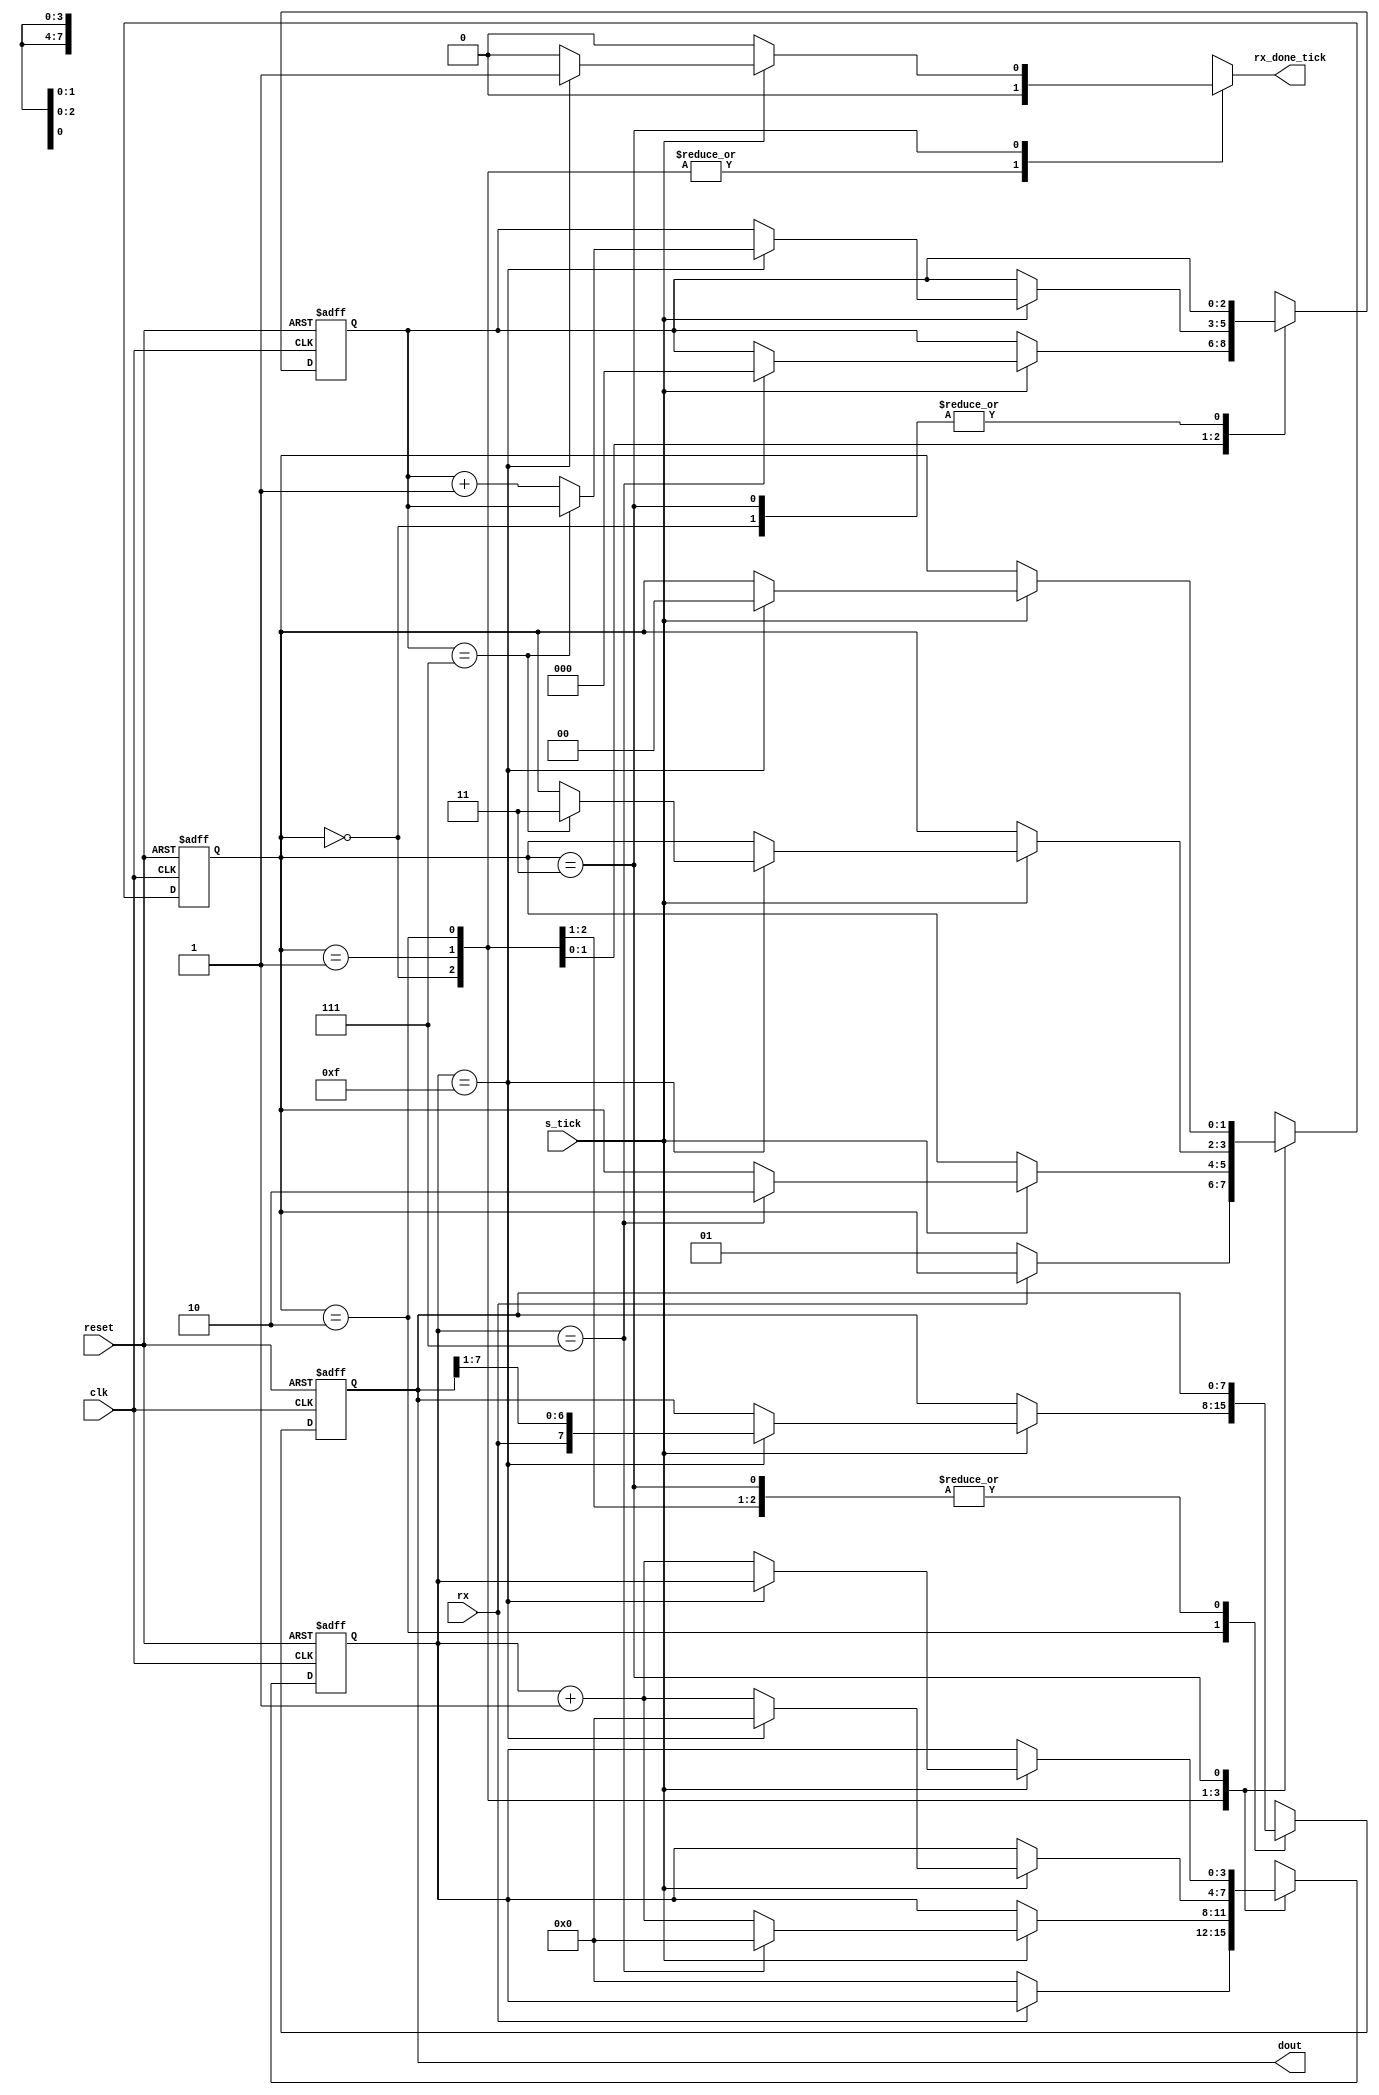
// --------------------------------------------------------------------
// >>>>>>>>>>>>>>>>>>>>>>>>> COPYRIGHT NOTICE <<<<<<<<<<<<<<<<<<<<<<<<<
// --------------------------------------------------------------------
// Github: https://github.com/abdelazeem201
// Description: UART Receiver module
// Dependencies: 
// Since: 2021-12-27 8:16:25
// LastEditors: ahmed abdelazeem
// LastEditTime: 2021-12-27 8:16:25
// ********************************************************************
// Module Function:
module uart_rx
   #(
     parameter DBIT = 8,     // # data bits
               SB_TICK = 16  // # ticks for stop bits
   )
   (
    input wire clk, reset,
    input wire rx, s_tick, // s_tick is sampling tick counter. 
    output reg rx_done_tick, // data vaild
    output wire [7:0] dout
   );

   // symbolic state declaration
   localparam [1:0]
      idle  = 2'b00,
      start = 2'b01,
      data  = 2'b10,
      stop  = 2'b11;

   // signal declaration
   reg [1:0] state_reg, state_next;
   reg [3:0] s_reg, s_next; //  sampling counter
   reg [2:0] n_reg, n_next; // received data bists counter
   reg [7:0] b_reg, b_next;

   // body
   // FSMD state & data registers
   always @(posedge clk, posedge reset)
      if (reset)
         begin
            state_reg <= idle;
            s_reg <= 0;
            n_reg <= 0;
            b_reg <= 0;
         end
      else
         begin
            state_reg <= state_next;
            s_reg <= s_next;
            n_reg <= n_next;
            b_reg <= b_next;
         end

   // FSMD next-state logic
   always @*
   begin
      state_next = state_reg;
      rx_done_tick = 1'b0;
      s_next = s_reg;
      n_next = n_reg;
      b_next = b_reg;
      case (state_reg)
         idle:
            if (~rx)
               begin
                  state_next = start;
                  s_next = 0;
               end
         start:
            if (s_tick)
               if (s_reg==7)
                  begin
                     state_next = data;
                     s_next = 0;
                     n_next = 0;
                  end
               else
                  s_next = s_reg + 1;
         data:
            if (s_tick)
               if (s_reg==15)
                  begin
                     s_next = 0;
                     b_next = {rx, b_reg[7:1]};
                     if (n_reg==(DBIT-1))
                        state_next = stop ;
                      else
                        n_next = n_reg + 1;
                   end
               else
                  s_next = s_reg + 1;
         stop:
            if (s_tick)
               if (s_reg==(SB_TICK-1))
                  begin
                     state_next = idle;
                     rx_done_tick =1'b1;
                  end
               else
                  s_next = s_reg + 1;
      endcase
   end
   // output
   assign dout = b_reg;

endmodule